Calcutta medical institutions reports 1892-1900
Year: 1892
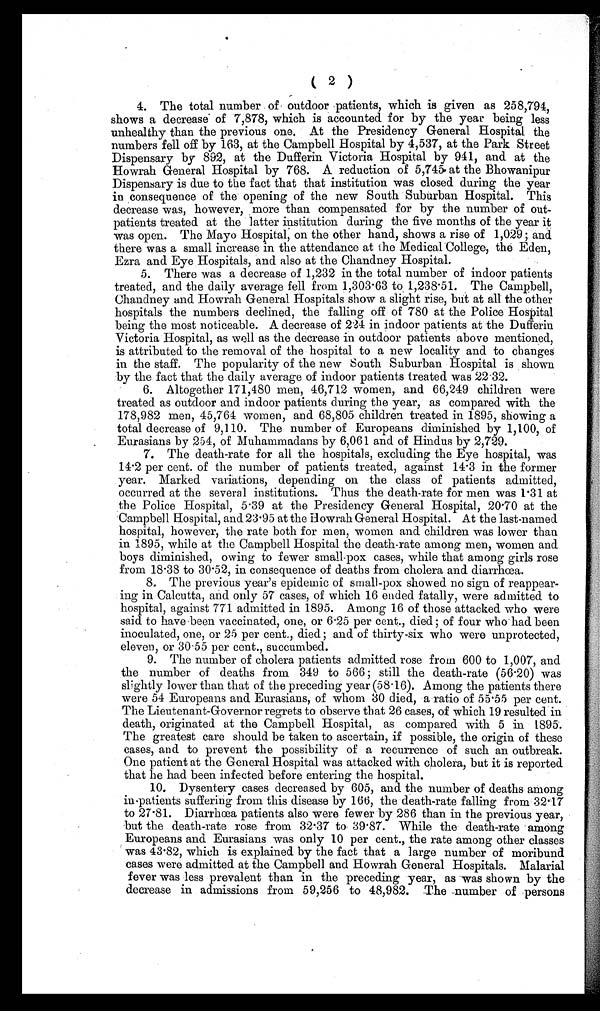
( 2 )
4. The total number of• outdoor patients, which is given as 258,794,
shows a decrease' of '7,878, which is accounted. for by the year being less
unhealthy than the previous one. At the Presidency General Hospital the
numbers fell off by 103, at the Campbell Hospital by 4,537, at the Park Street
Dispensary by 892, at the Dufferin Victoria Hospital by 941, and at the
Howrah General Hospital by 768. A reduction of 5,745. at the Bhowanipur
Dispensary is due to the fact that that institution was closed during the year
in consequence of the opening of the new South Suburban Hospital. This
decrease was, however, more than compensated for by the number of out-
patients treated at the latter institution during the five months of the year it
was open. The Mayo Hospital, on the other hand, shows a rise of 1,029; and
there was a small increase in the attendance at the Medical College, the Eden,
Ezra and Eye Hospitals, and also at the Chandney Hospital.
5. There was a decrease of 1,232 in the total number of indoor patients
treated, and the daily average fell from 1,303-63 to 1,238-51. The Campbell,
Chandney and Howrah General Hospitals show a slight rise, but at all the other
hospitals the numbers declined, the falling off of 780 at the Police Hospital
being the most noticeable. A decrease of 224 in indoor patients at the Dufferin
Victoria Hospital, as well as the decrease in outdoor patients above mentioned,
is attributed to the removal of the hospital to a new locality and to changes
in the staff. The popularity of the new South Suburban Hospital is shown
by the fact that the daily average of indoor patients treated was 2232.
6. Altogether 171,480 men, 46,712 women, and 66,249 children were
treated as outdoor and indoor patients during the year, as compared with the
178,982 men, 45,764 women, and 68,805 children treated in 1895, showing a
total decrease of 9,110. The number of Europeans diminished by 1,100, of
Eurasians by 254, of Muhammadans by 6,061 and of Hindus by 2,729.
7. The death-rate for all the hospitals, excluding the Eye hospital, was
14-2 per cent. of the number of patients treated, against 14-3 in the former
year. Marked variations, depending on the class of patients admitted,
occurred at the several institutions. Thus the death-rate for men was 1-31 at
the Police Hospital, 5 . 39 at the Presidency General Hospital, 20'70 at the
Campbell Hospital, and 23-95 at the Howrah General Hospital. At the last-named
hospital, however, the rate both for men, women and children was lower than
in 1895, while at the Campbell Hospital the death-rate among men, women and
boys diminished, owing to fewer small-pox cases, while that among girls rose
from 18-38 to 30-52, in consequence of deaths from cholera and. diarrhoea.
8. The previous year's epidemic of small-pox showed no sign of reappear-
ing in Calcutta, and only 57 cases, of which 16 ended fatally, were admitted to
hospital, against 771 admitted in 1895. Among 16 of those attacked who were
said to have been vaccinated, one, or 6 . 25 per cent., died; of four who' had been
inoculated, one, or 25 per cent., died; and of thirty-six who were unprotected,
eleven, or 30-55 per cent., succumbed.
9. The number of cholera patients admitted rose from 600 to 1,007, and
the number of deaths from 349 to 566; still the death-rate (56-20) was
slightly lower than that of the preceding year (58 . 16). Among the patients there
were 54 Europeans and Eurasians, of whom 30 died, a ratio of 55-55 per cent.
The Lieutenant-Governor regrets to observe that 26 cases, of which 19 resulted in
death, originated at the Campbell Hospital, as compared with 5 in 1895.
The greatest care should be taken to ascertain, if possible, the origin of these
cases, and to prevent the possibility of a recurrence of such an outbreak.
One patient at the General Hospital was attacked with cholera, but it is reported
that he had been infected before entering the hospital.
10. Dysentery cases decreased by 605, and the number of deaths among
in-patients suffering from this disease by 166, the death-rate falling from 32-17
to 27-81. Diarrhoea patients also were fewer by 286 than in the previous year,
but the death-rate rose from 32-37 to 39 . 87. While the death-rate among
Europeans and Eurasians was only 10 per cent., the rate among other classes
was 43 . 82, which is explained by the fact that a large number of moribund
cases were admitted at the Campbell and Howrah General Hospitals. Malarial
fever was less prevalent than in the preceding year, as was shown by the
decrease in admissions from 59,256 to 48,982. The -n.u.mber of persons